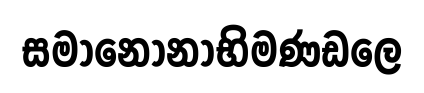
සමානොනාභිමණඩලෙ